Statistics of inoculations with Haffkine's anti-plague vaccine 1897-1900
Year: 1897
Disease focus: Plague
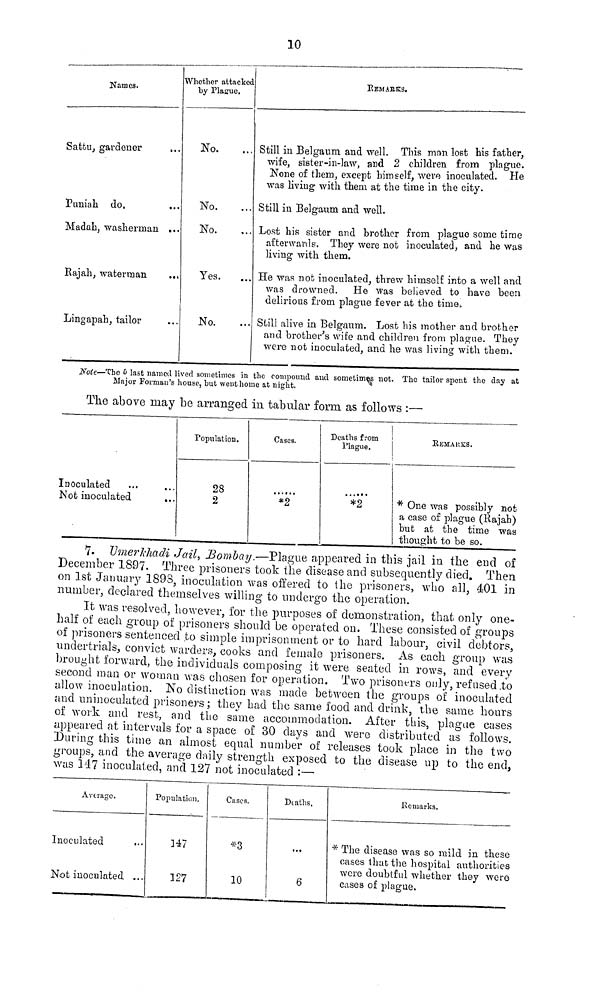
Names.
Sattu, gardener
Puniah do,
Madah. washerman ...
Rajah, waterman
...
Lingapah, tailor
Whether attacked
by Plague.
No. ...
No. ...
No. ...
Yes. ...
No. ...
10
R EM ARKS.
Still in Belgaum and well. This man lost his father,
wife, sister-in-law, and 2 children from plague.
None of them, except himself, were inoculated. He
was living with them at the time in the city.
Still in Belgaum and well.
Lost his sister and brother from plague some time
afterwards. They were not inoculated, and he was
living with them.
He was not inoculated, threw himself into a well and
was drowned. He was believed to have been
delirious from plague fever at the time.
Still alive in Belgaum. Lost his mother and brother
and brother's wife and children from plague. They
were not inoculated, and he was living with them.
Note—The 5 last named lived sometimes in the compound and sometimes not. The tailor spent the day at
Major Forman's house, but went home at night.
The above may be arranged in tabular form as follows :—
Inoculated ... ...
Not inoculated
...
Population.
28
2
Cases.
*2
|
Deaths from
Plague.
*2
REMAKES.
* One was possibly not
a case of plague (Rajah)
hut at the time was
thought to be so.
7. Umerli-kadi Jail, Bombay —Plague appeared in this jail in the end of
December 1897. Three prisoners took the disease and subsequently died. Then
on 1st January 189S, inoculation was offered to the prisoners, who all, 401 in
number, declared themselves willing to undergo the operation.
It was resolved, however, for the purposes of demonstration, that only one-
half of each group of prisoners should be operated on. These consisted of groups
of prisoners sentenced to simple imprisonment or to hard labour, civil debtors,
nndertrials, convict warders, cooks and female prisoners. As each group was
brought forward, the individuals composing it were seated in rows, and every
second man or woman was chosen for operation. Two prisoners only, refused to
allow inoculation. No distinction was made between the groups of inoculated
and uninoculated prisoners ; they bad the same food and drink, the same hours
of work and rest, and the same accommodation. After this, plague cases
appeared at intervals for a space of 30 days and were distributed as follows.
During this time an almost equal number of releases took place in the two
groups, and the average daily strength exposed to the disease up to the end,
was 147 inoculated, and 127 not inoculated :—
Average.
Inoculated ...
Not inoculated ...
Population.
147
127
Cases.
*3
10
Deaths.
6
.Remarks.
* The disease was so mild in these
cases that the hospital authorities
were doubtful whether they were
cases of plague.